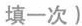
填一次)